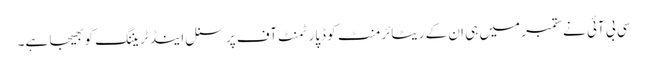
سی بی آئی نے ستمبر میں ہی ان کے ریٹائرمنٹ کو ڈپارٹمنٹ آف پرسنل اینڈ ٹریننگ کو بھیجا ہے۔